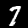
Digit: 7